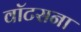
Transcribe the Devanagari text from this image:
वॉटसना